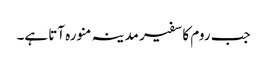
جب روم کا سفیر مدینہ منورہ آتا ہے۔